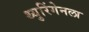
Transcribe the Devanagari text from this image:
थ्युरिंगेनला